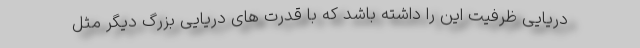
دریایی ظرفیت این را داشته باشد که با قدرت های دریایی بزرگ دیگر مثل